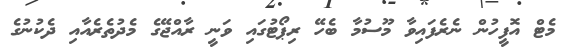
މެޓް އޮފީހުން ނެރެފައިވާ މޫސުމާ ބެހޭ ރިޕޯޓުގައި ވަނީ ރާއްޖޭގެ މެދުތެރެއާއި ދެކުނުގެ